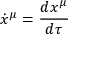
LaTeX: { \dot { x } } ^ { \mu } = { \frac { d x ^ { \mu } } { d \tau } }